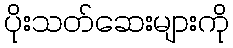
ပိုးသတ်ဆေးများကို